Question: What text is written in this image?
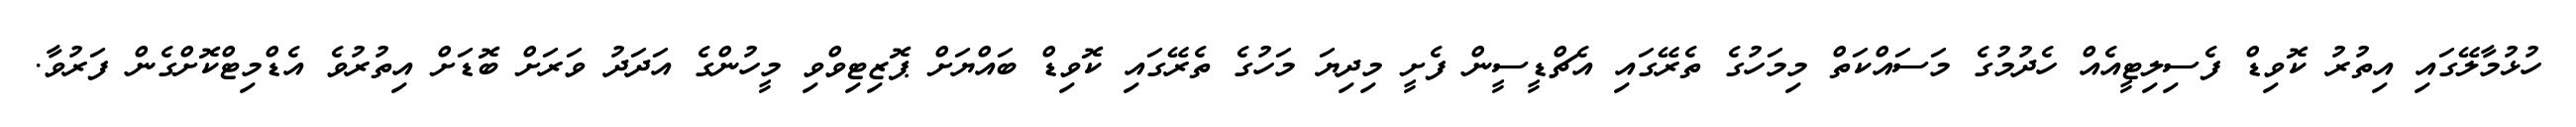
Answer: ހުޅުމާލޭގައި އިތުރު ކޮވިޑް ފެސިލިޓީއެއް ހެދުމުގެ މަސައްކަތް މިމަހުގެ ތެރޭގައި އެޗްޑީސީން ފެށީ މިދިޔަ މަހުގެ ތެރޭގައި ކޮވިޑް ބައްޔަށް ޕޮޒިޓިވްވި މީހުންގެ އަދަދު ވަރަށް ބޮޑަށް އިތުރުވެ އެޑްމިޓްކޮށްގެން ފަރުވާ.